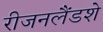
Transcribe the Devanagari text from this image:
रीजनलैंडशे